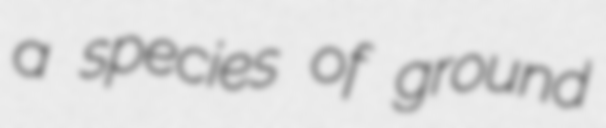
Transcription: a species of ground